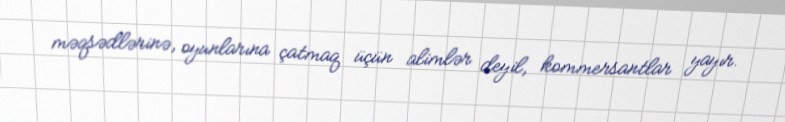
məqsədlərinə, oyunlarına çatmaq üçün alimlər deyil, kommersantlar yayır.